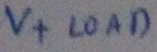
Text: V+ LOAD